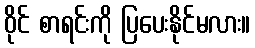
ဝိုင် စာရင်းကို ပြပေးနိုင်မလား။